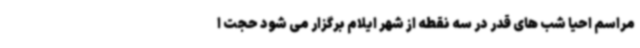
مراسم احیا شب های قدر در سه نقطه از شهر ایلام برگزار می شود حجت ا